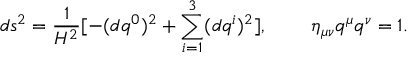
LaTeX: d s ^ { 2 } = \frac { 1 } { H ^ { 2 } } [ - ( d q ^ { 0 } ) ^ { 2 } + \sum _ { i = 1 } ^ { 3 } ( d q ^ { i } ) ^ { 2 } ] , \; \; \; \; \; \; \; \; \eta _ { \mu \nu } q ^ { \mu } q ^ { \nu } = 1 .